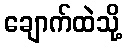
ချောက်ထဲသို့